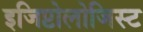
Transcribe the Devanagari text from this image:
इजिप्टोलोजिस्ट